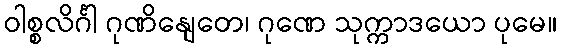
ဝါစ္စလိင်္ဂါ ဂုဏိနျေတေ၊ ဂုဏေ သုက္ကာဒယော ပုမေ။